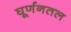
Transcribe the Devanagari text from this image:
घूर्णनतल